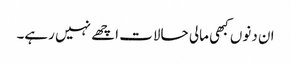
ان دنوں کبھی مالی حالات اچھے نہیں رہے۔